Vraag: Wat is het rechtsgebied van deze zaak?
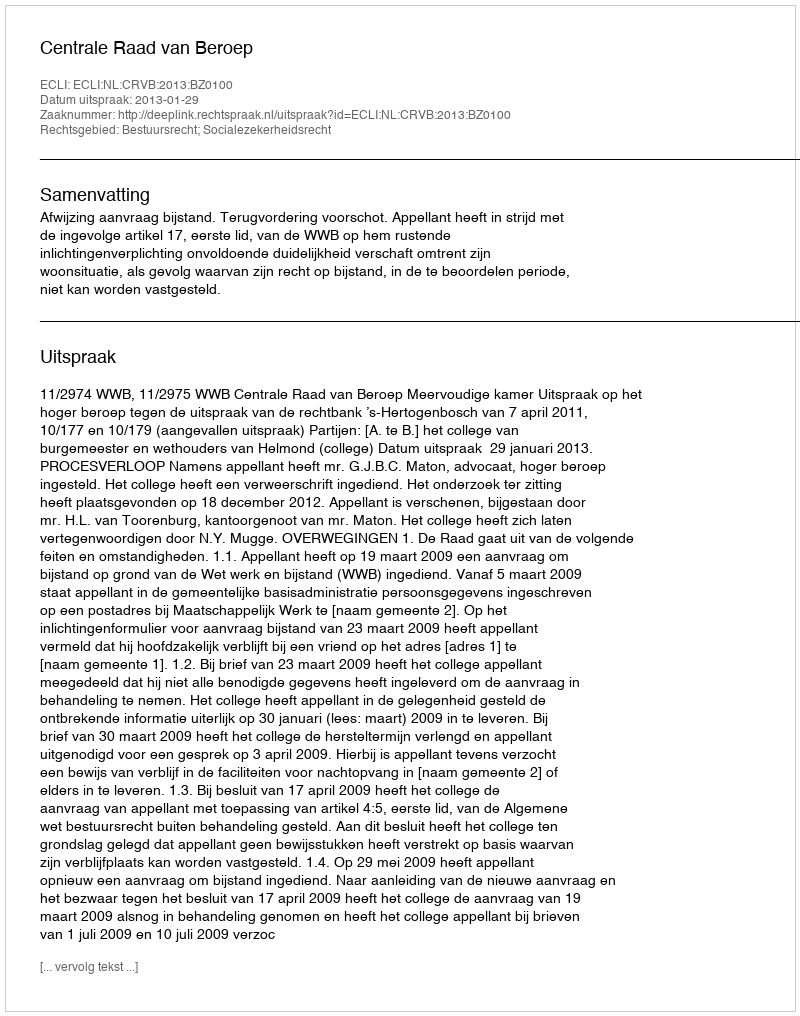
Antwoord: Bestuursrecht; Socialezekerheidsrecht